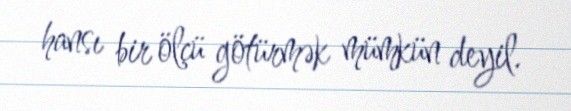
hansı bir ölçü götürmək mümkün deyil.